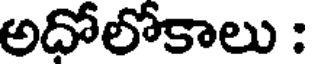
అదోలోకాలు :